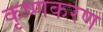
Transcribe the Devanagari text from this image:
कृष्णकरण